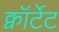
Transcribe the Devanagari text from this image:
क्वॉर्टेट